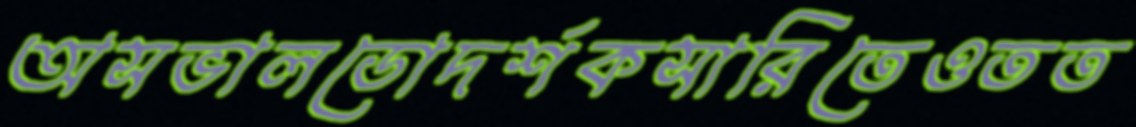
অসভালডোদর্শকসারিতেওতত